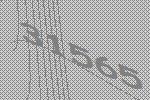
31565